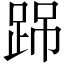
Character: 𨀽